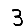
Digit: 3